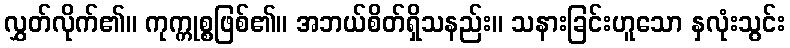
လွှတ်လိုက်၏။ ကုက္ကုစ္စဖြစ်၏။ အဘယ်စိတ်ရှိသနည်း။ သနားခြင်းဟူသော နှလုံးသွင်း